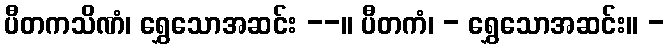
ပီတကသိဏံ၊ ရွှေသောအဆင်း --။ ပီတကံ၊ - ရွှေသောအဆင်း။ -